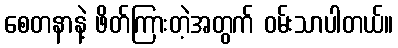
စေတနာနဲ့ ဖိတ်ကြားတဲ့အတွက် ဝမ်းသာပါတယ်။